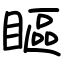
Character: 瞘